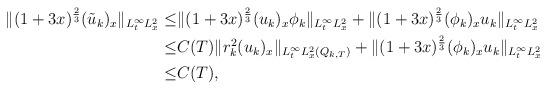
LaTeX: \begin{align*}\begin{aligned}\|(1+3x)^{\frac{2}{3}}(\tilde{u}_k)_x\|_{L^\infty_tL^2_x}\leq&\|(1+3x)^{\frac{2}{3}}(u_k)_x\phi_k\|_{L^\infty_tL^2_x}+\|(1+3x)^{\frac{2}{3}}(\phi_k)_xu_k\|_{L^\infty_tL^2_x}\\\leq&C(T)\|r_k^2(u_k)_x\|_{L^\infty_tL^2_x(Q_{k,T})}+\|(1+3x)^{\frac{2}{3}}(\phi_k)_xu_k\|_{L^\infty_tL^2_x}\\\leq& C(T),\end{aligned}\end{align*}